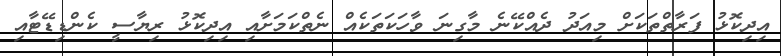
އިދިކޮޅު ފަރާތްތަކަށް މިއަދު ދެއްކޭނެ މާގިނަ ވާހަކަތަކެއް ނެތްކަމަށާއި އިދިކޮޅު ރިޔާސީ ކެންޑިޑޭޓާއި